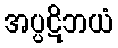
အပ္ပဋိဘယံ